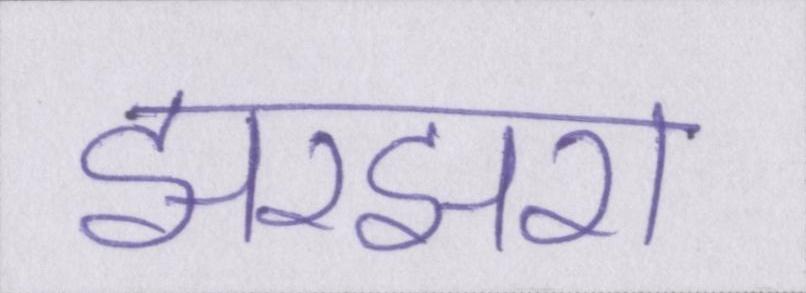
झरझरा